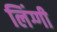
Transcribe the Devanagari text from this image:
लिंग्गी